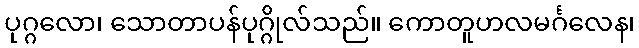
ပုဂ္ဂလော၊ သောတာပန်ပုဂ္ဂိုလ်သည်။ ကောတူဟလမင်္ဂလေန၊